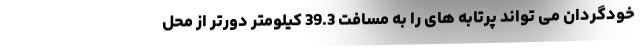
خودگردان می تواند پرتابه های را به مسافت 39.3 کیلومتر دورتر از محل